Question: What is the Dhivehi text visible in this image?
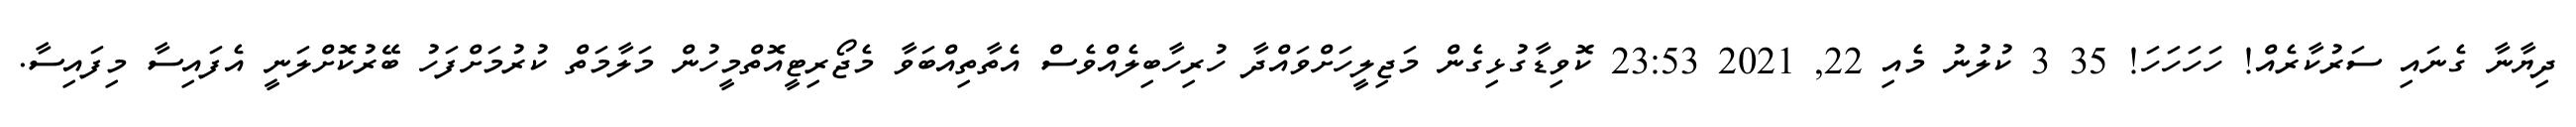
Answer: ދިޔާނާ ގެނައި ސަރުކާރެއް! ހަހަހަހަ! 35 3 ކުލުނު މެއި 22, 2021 23:53 ކޮވިޑާގުޅިގެން މަޖިލީހަށްވައްދާ ހުރިހާބިލެއްވެސް އެތާތިއްބަވާ މެޖޯރިޓީއޮތްމީހުން މަލާމަތް ކުރުމަށްފަހު ބޭރުކޮށްލަނީ އެފައިސާ މިފައިސާ.